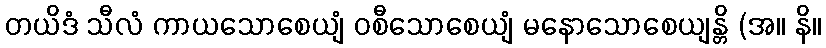
တယိဒံ သီလံ ကာယသောစေယျံ ဝစီသောစေယျံ မနောသောစေယျန္တိ (အ။ နိ။